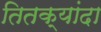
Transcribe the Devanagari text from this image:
तितक्यांदा